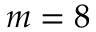
m = 8